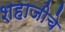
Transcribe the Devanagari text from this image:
शहाजीचे